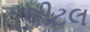
લીટલ